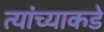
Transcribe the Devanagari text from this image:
त्यांंच्याकडे